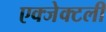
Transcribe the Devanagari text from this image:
एक्जेक्टली